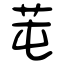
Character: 芚